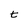
Character: t